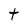
Character: t